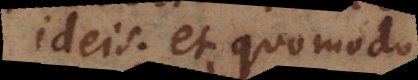
ideis; et quomodo